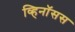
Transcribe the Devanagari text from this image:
व्हिनॉसस